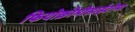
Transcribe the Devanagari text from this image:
फियोक्रोमोसाईटोमा